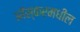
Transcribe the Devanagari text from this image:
आॅस्करमधील